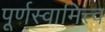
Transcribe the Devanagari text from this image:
पूर्णस्वामित्त्व